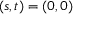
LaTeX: ( s , t ) = ( 0 , 0 )